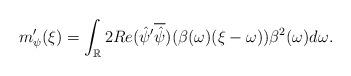
LaTeX: \begin{align*} m_\psi'(\xi)=\int_\mathbb{R} 2Re(\hat\psi'\overline{\hat\psi})(\beta(\omega)(\xi-\omega))\beta^2(\omega)d\omega.\end{align*}